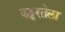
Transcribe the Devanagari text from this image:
कट्टरतेला